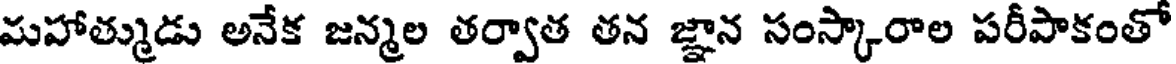
మహాత్ముడు అనేక జన్మల తర్వాత తన జ్ఞాన సంస్కారాల పరీపాకంతో